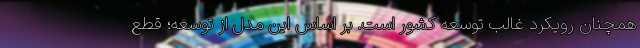
همچنان رويكرد غالب توسعه کشور است. بر اساس اين مدل از توسعه؛ قطع